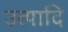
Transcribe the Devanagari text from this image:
उत्पादि